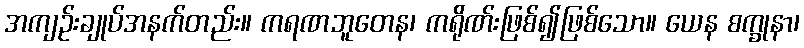
အကျဉ်းချုပ်အနက်တည်း။ ကရဏဘူတေန၊ ကရိုဏ်းဖြစ်၍ဖြစ်သော။ ယေန စက္ခုနာ၊